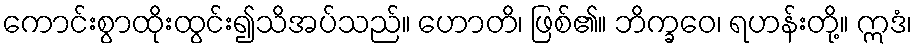
ကောင်းစွာထိုးထွင်း၍သိအပ်သည်။ ဟောတိ၊ ဖြစ်၏။ ဘိက္ခဝေ၊ ရဟန်းတို့။ ဣဒံ၊